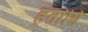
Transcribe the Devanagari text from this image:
हर्तासि